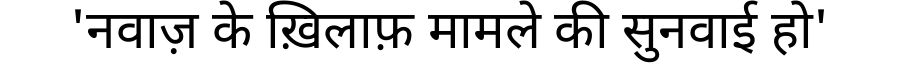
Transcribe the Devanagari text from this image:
'नवाज़ के ख़िलाफ़ मामले की सुनवाई हो'